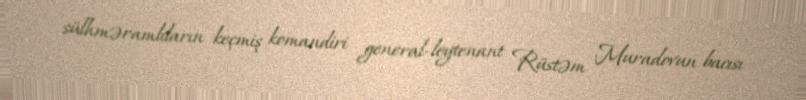
sülhməramlıların keçmiş komandiri general-leytenant Rüstəm Muradovun bacısı